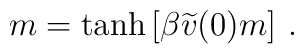
m=\tanh \left[ \beta\widetilde{v}(0)m\right]\, .